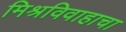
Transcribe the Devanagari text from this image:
मिश्रविवाहाचा